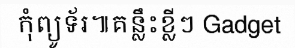
កុំព្យូទ័រ៕គន្លឹះខ្លីៗ Gadget